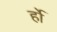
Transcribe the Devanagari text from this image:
र्हो